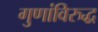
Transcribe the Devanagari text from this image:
गुणांविरुद्ध